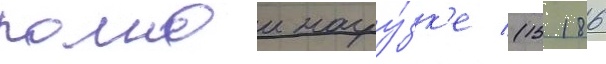
полнои нагру́зк'е (15 186